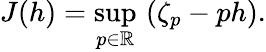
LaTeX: J(h)=\operatorname*{sup}_{p\in\mathbb{R}}\, \left(\zeta_{p}-ph\right).